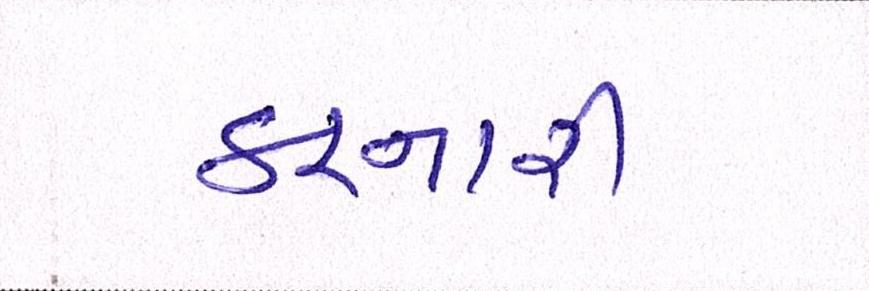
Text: કરનારી